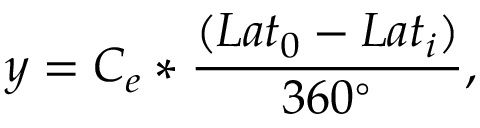
y = C _ { e } * \frac { ( L a t _ { 0 } - L a t _ { i } ) } { 3 6 0 ^ { \circ } } ,